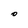
Character: 0